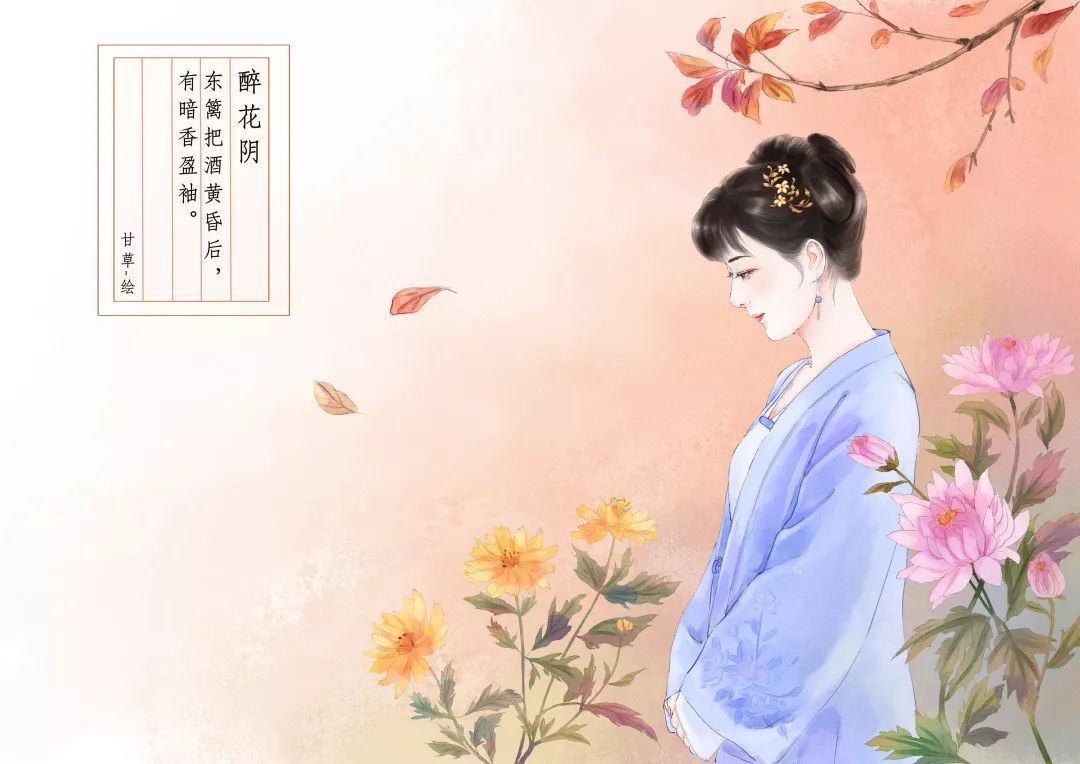
独抱浓愁无好梦，夜阑犹剪灯花弄。